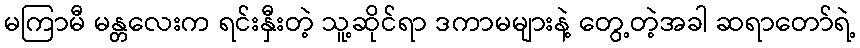
မကြာမီ မန္တလေးက ရင်းနှီးတဲ့ သူ့ဆိုင်ရာ ဒကာမများနဲ့ တွေ့တဲ့အခါ ဆရာတော်ရဲ့